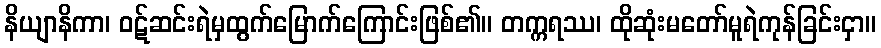
နိယျာနိကာ၊ ဝဋ်ဆင်းရဲမှထွက်မြောက်ကြောင်းဖြစ်၏။ တက္ကရဿ၊ ထိုဆုံးမတော်မူရဲကုန်ခြင်းငှာ။